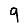
Digit: 9